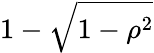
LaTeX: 1-{\sqrt{1-\rho^{2}}}